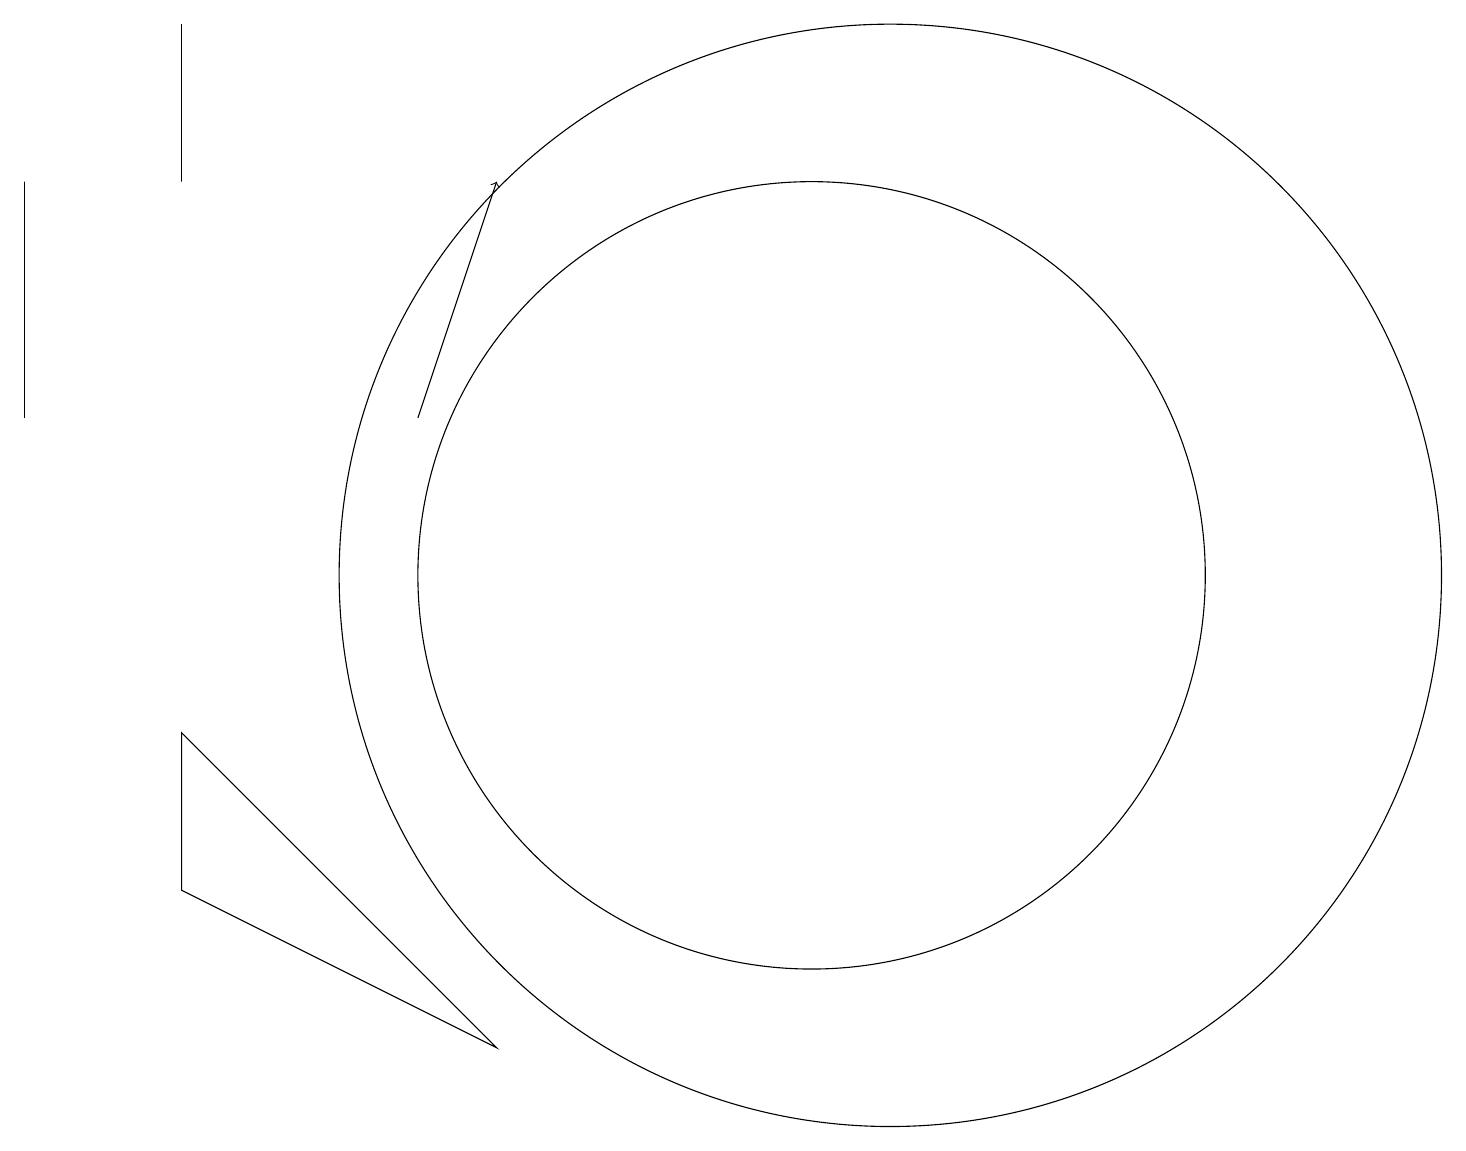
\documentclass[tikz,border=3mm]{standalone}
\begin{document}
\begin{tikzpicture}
\draw[->] (5,12) -- (6,15);
\draw (10,10) circle (5);
\draw (11,10) circle (7);
\draw (0,15) rectangle (0,12);
\draw (2,17) rectangle (2,15);
\draw (6,4) -- (2,8) -- (2,6) -- cycle;
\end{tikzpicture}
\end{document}